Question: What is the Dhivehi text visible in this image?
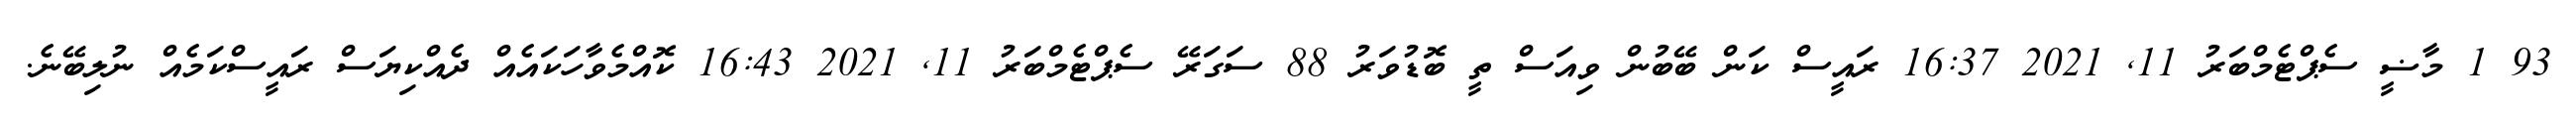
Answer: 93 1 މާޟީ ސެޕްޓެމްބަރު 11, 2021 16:37 ރައީސް ކަން ބޭބުން ވިއަސް ތީ ބޮޑުވަރު 88 ސަގަރޭ ސެޕްޓެމްބަރު 11, 2021 16:43 ކޮއްމެވާހަކައެއް ދެއްކިޔަސް ރައީސްކަމެއް ނުލިބޭނެ.